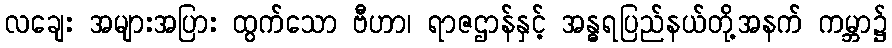
လချေး အများအပြား ထွက်သော ဗီဟာ၊ ရာဇဌာန်နှင့် အန္ဓရပြည်နယ်တို့အနက် ကမ္ဘာ၌